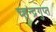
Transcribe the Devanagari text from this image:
च्हन्द्रगुप्त